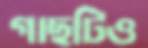
গাছটিও